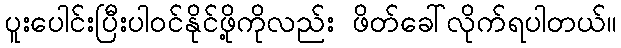
ပူးပေါင်းပြီးပါဝင်နိုင်ဖို့ကိုလည်း ဖိတ်ခေါ်လိုက်ရပါတယ်။